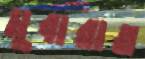
মুবারাত